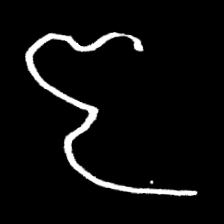
Pyu character \u2014 Myanmar letter: ဇ (romanized: ja)